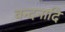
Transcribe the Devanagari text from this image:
वन्दनादि